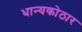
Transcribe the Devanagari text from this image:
धान्यकोठार